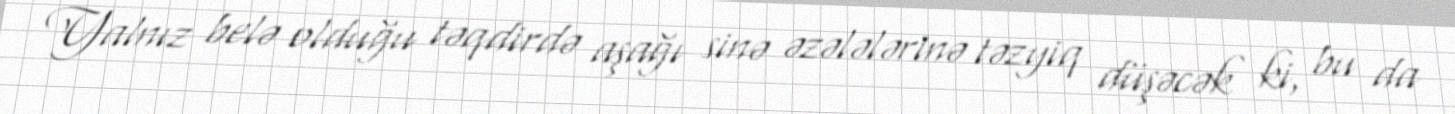
Yalnız belə olduğu təqdirdə aşağı sinə əzələlərinə təzyiq düşəcək ki, bu da